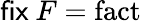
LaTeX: {\textsf{fix}}\ F=\operatorname{fact}